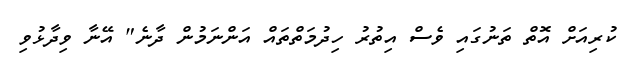
ކުރިއަށް އޮތް ތަނުގައި ވެސް އިތުރު ހިދުމަތްތައް އަންނަމުން ދާނެ" އޭނާ ވިދާޅުވި